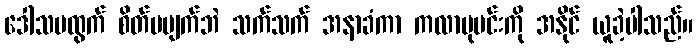
ဒေါသမထွက် စိတ်မပျက်ဘဲ သက်သက် အနာခံကာ ကလာဗုမင်းကို အနိုင် ယူခဲ့ပါသည်။